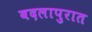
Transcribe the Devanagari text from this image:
बदलापुरात